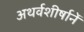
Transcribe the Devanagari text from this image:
अथर्वशीर्षानें